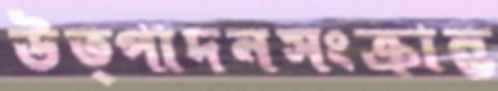
উত্পাদনসংক্রান্ত